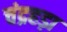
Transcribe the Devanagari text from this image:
चंद्रहड़ा